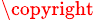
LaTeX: ^\copyright